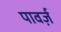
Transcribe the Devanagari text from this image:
पावर्ज़